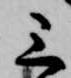
三